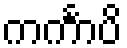
ကင်္ကာပိ